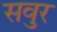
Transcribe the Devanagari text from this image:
सवुर